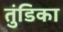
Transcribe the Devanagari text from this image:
तुंडिका